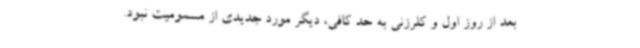
بعد از روز اول و کلرزنی به حد کافی، دیگر مورد جدیدی از مسمومیت نبود.